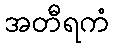
အတီရကံ